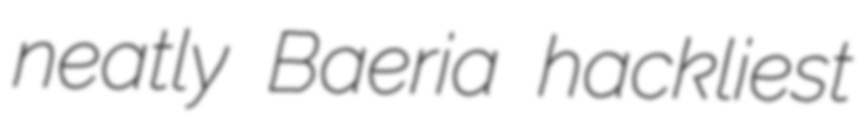
neatly Baeria hackliest